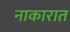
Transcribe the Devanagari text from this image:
नाकारात